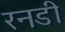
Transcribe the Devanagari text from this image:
रनडी